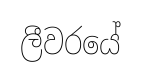
ලීවරයේ